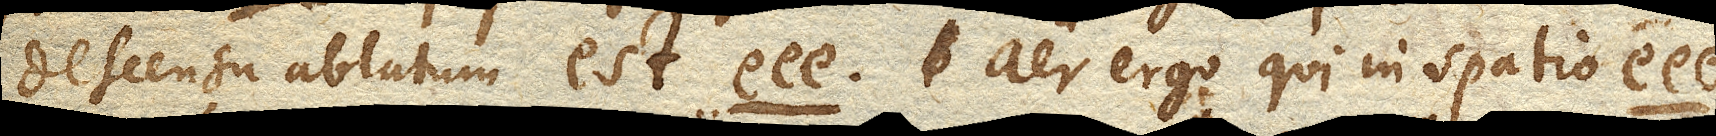
descensu ablatum est e ee. aer ergo qui in spatio e ee.